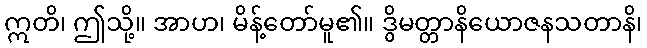
ဣတိ၊ ဤသို့။ အာဟ၊ မိန့်တော်မူ၏။ ဒွိမတ္တာနိယောဇနသတာနိ၊